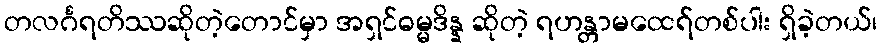
တလင်္ဂရတိဿဆိုတဲ့တောင်မှာ အရှင်ဓမ္မဒိန္န ဆိုတဲ့ ရဟန္တာမထေရ်တစ်ပါး ရှိခဲ့တယ်၊